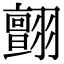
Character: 𦒜